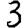
Digit: 3